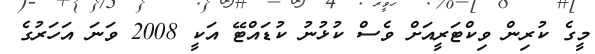
މީގެ ކުރިން ވިކްޓަރީއަށް ވެސް ކުޅުުނު ކުޑައްޓޭ އަކީ 2008 ވަނަ އަހަރުގެ